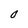
Character: 0